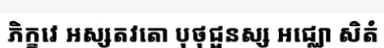
ភិក្ខវេ អស្សតវតោ បុថុជ្ផនស្ស អជ្ឈោ សិតំ